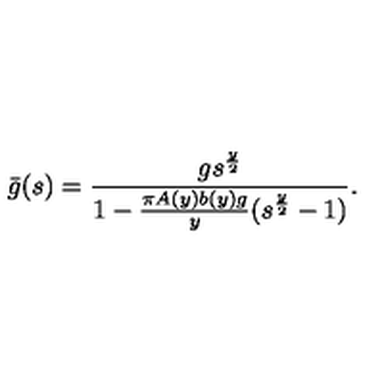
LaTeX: \bar { g } ( s ) = \frac { g s ^ { \frac { y } { 2 } } } { 1 - \frac { \pi A ( y ) b ( y ) g } { y } ( s ^ { \frac { y } { 2 } } - 1 ) } .